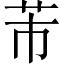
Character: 芾